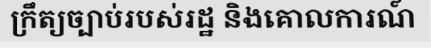
ក្រឹត្យច្បាប់របស់រដ្ឋ និងគោលការណ៍